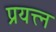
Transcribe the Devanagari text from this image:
प्रयत्त्न